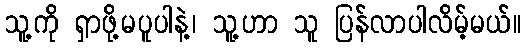
သူ့ကို ရှာဖို့မပူပါနဲ့၊ သူ့ဟာ သူ ပြန်လာပါလိမ့်မယ်။